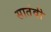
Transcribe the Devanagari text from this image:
सातंवी